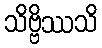
သိဗ္ဗိဿသိ